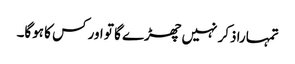
تمہارا ذکر نہیں چھڑے گا تو اور کس کا ہوگا۔